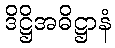
ဒိဋ္ဌိအဓိဋ္ဌာနံ